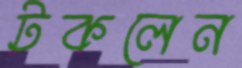
টকলেন